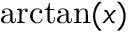
\arctan ( x )